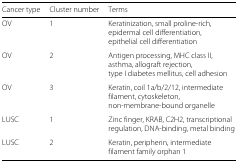
| Cancer type | Cluster number | Terms |
 | --- | --- | --- |
 | OV | 1 | Keratinization, small proline-rich, epidermal cell differentiation, |
 |  |  | epithelial cell differentiation |
 | OV | 2 | Antigen processing, MHC class II, asthma, allograft rejection, |
 |  |  | type I diabetes mellitus, cell adhesion |
 | OV | 3 | Keratin, coil 1a/b/2/12, intermediate filament, cytoskeleton, |
 |  |  | non-membrane-bound organelle |
 | LUSC | 1 | Zinc finger, KRAB, C2H2, transcriptional regulation, DNA-binding, metal binding |
 | LUSC | 2 | Keratin, peripherin, intermediate |
 |  |  | filament family orphan 1 |